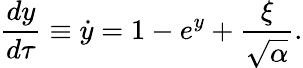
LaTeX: \frac{dy}{d\tau}\equiv\dot{y}=1-e^{y}+\frac{\xi}{\sqrt{\alpha}}.